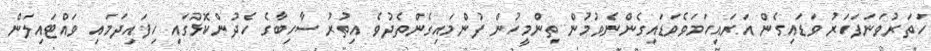
ހަތަރުވަނަފަހަރު ވަޑައިގެން އަރައިހަމަވެވަޑައިގެންނެވުމުން ތިންމީހުން ފުންމައިގެންތެދުވެ އިތުރު ސާހިބާގެ ހެދުންކޮޅުގައި ހިފައިދަމައި ވައްޓައިލަން